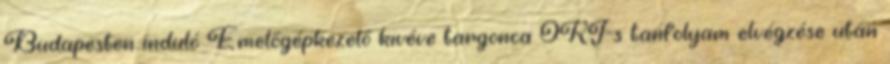
Budapesten induló Emelőgépkezelő kivéve targonca OKJ-s tanfolyam elvégzése után